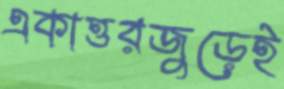
একাত্তরজুড়েই